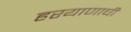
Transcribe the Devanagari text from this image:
हरयाणाची